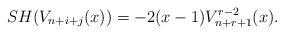
LaTeX: \begin{align*} SH(V_{n+i+j} (x))=-2(x-1)V_{n+r+1}^{r-2} (x). \end{align*}